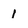
Character: 1